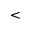
\mathrm { < }